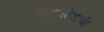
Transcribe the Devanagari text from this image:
युनायतेडची